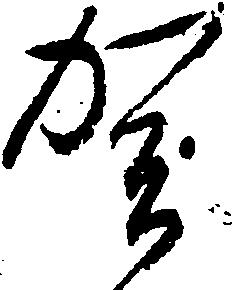
賀